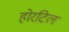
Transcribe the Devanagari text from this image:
होरटिल